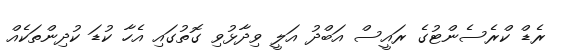
ރެޑް ކްރެސެންޓުގެ ރައީސް އަބްދު އަލީ ވިދާޅުވި ގޮތުގައި އެހާ ކުޑަ ކުދިންތަކެއް